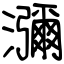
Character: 瀰